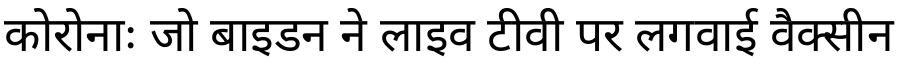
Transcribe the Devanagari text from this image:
कोरोनाः जो बाइडन ने लाइव टीवी पर लगवाई वैक्सीन